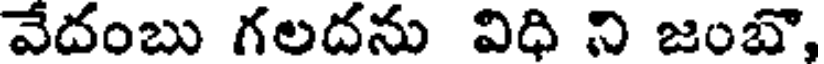
వేదంబు గలదను విధి ని జంబొ,